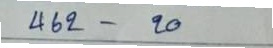
462 - 20